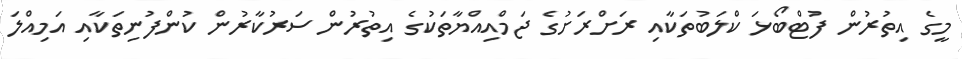
މީގެ އިތުރުން ފުޓްބޯޅަ ކްލަބުތަކާއި ރަށްރަށުގެ ޖަމްއިއްޔާތަކުގެ އިތުރުން ސަރުކާރުން ކުންފުނިތަކާއި އަމިއްލަ